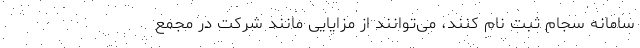
سامانه سجام ثبت نام کنند، می‌توانند از مزایایی مانند شرکت در مجمع